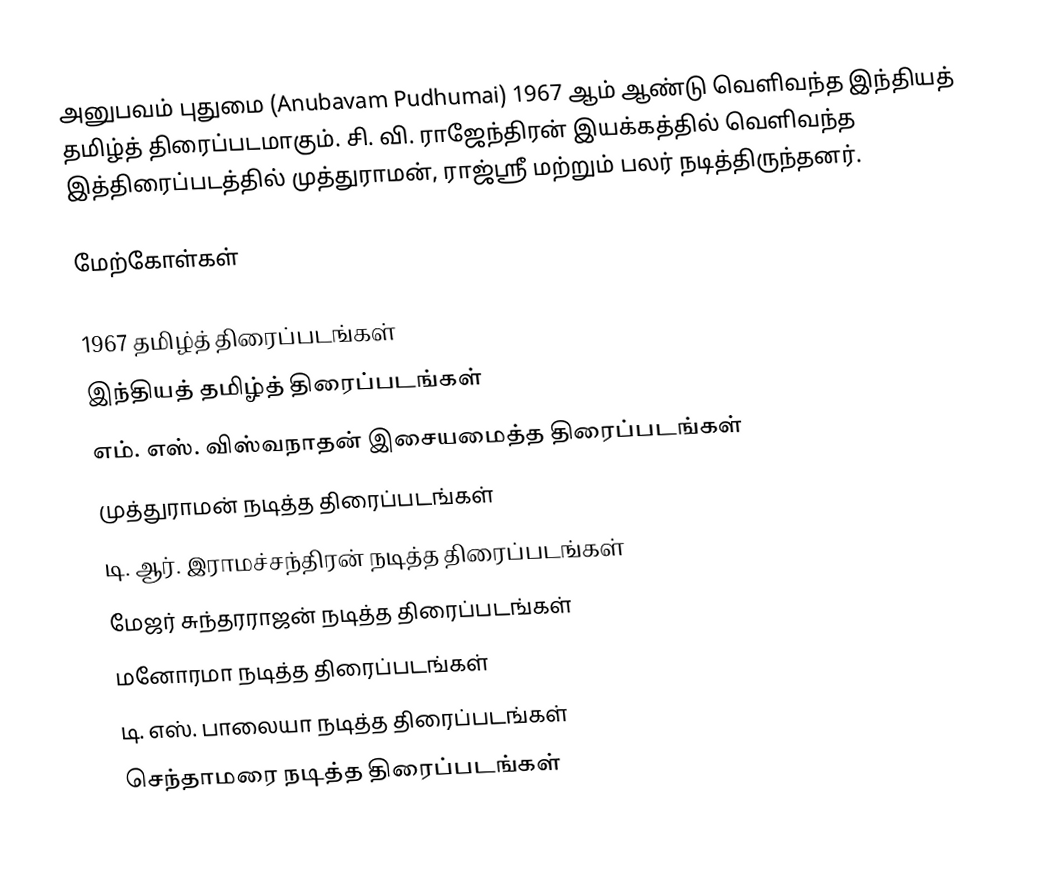
அனுபவம் புதுமை (Anubavam Pudhumai) 1967 ஆம் ஆண்டு வெளிவந்த இந்தியத் தமிழ்த் திரைப்படமாகும். சி. வி. ராஜேந்திரன் இயக்கத்தில் வெளிவந்த இத்திரைப்படத்தில் முத்துராமன், ராஜ்ஸ்ரீ மற்றும் பலர் நடித்திருந்தனர்.

மேற்கோள்கள்

1967 தமிழ்த் திரைப்படங்கள்
இந்தியத் தமிழ்த் திரைப்படங்கள்
எம். எஸ். விஸ்வநாதன் இசையமைத்த திரைப்படங்கள்
முத்துராமன் நடித்த திரைப்படங்கள்
டி. ஆர். இராமச்சந்திரன் நடித்த திரைப்படங்கள்
மேஜர் சுந்தரராஜன் நடித்த திரைப்படங்கள்
மனோரமா நடித்த திரைப்படங்கள்
டி. எஸ். பாலையா நடித்த திரைப்படங்கள்
செந்தாமரை நடித்த திரைப்படங்கள்